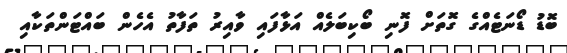
ބޮޑު ޑޯނަޓެއްގެ ގޮތަށް ފޮނި ބޯކިބަލެއް އަޅާފައި ވާއިރު ތަފާތު އެހެން ބައްޓަންތަކާއި